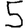
Digit: 5